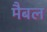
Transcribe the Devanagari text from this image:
मैबल